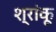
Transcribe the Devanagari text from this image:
श्रांकू